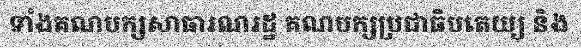
ទាំងគណបក្សសាធារណរដ្ឋ គណបក្សប្រជាធិបតេយ្យ និង